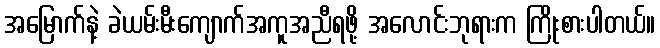
အမြောက်နဲ့ ခဲယမ်းမီးကျောက်အကူအညီရဖို့ အလောင်းဘုရားက ကြိုးစားပါတယ်။